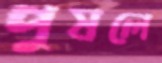
পুষলে